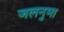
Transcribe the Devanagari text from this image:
जलनुमा